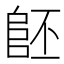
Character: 𨸿